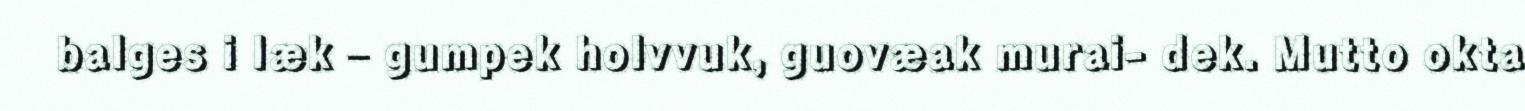
balges i læk – gumpek holvvuk, guovæak murai- dek. Mutto okta